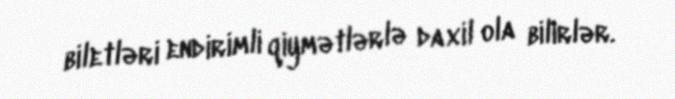
biletləri endirimli qiymətlərlə daxil ola bilirlər.